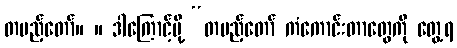
တပည့်တော်။ ။ ဒါကြောင့်မို့ “တပည့်တော် ကံကောင်းတာတွေကို တွေ့ရ